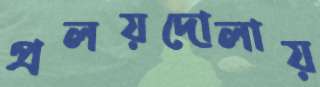
প্রলয়দোলায়